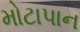
મોટાપાન